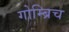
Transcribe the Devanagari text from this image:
गोम्ब्रिच